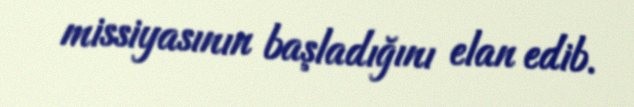
missiyasının başladığını elan edib.